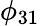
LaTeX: \phi_{31}